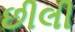
છીલી